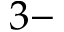
3 -